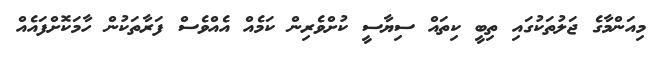
މިއަންމާގެ ޖަލުތަކުގައި ތިބީ ކިތައް ސިޔާސީ ކުށްވެރިން ކަމެއް އެއްވެސް ފަރާތަކުން ހާމަކޮށްފައެއް